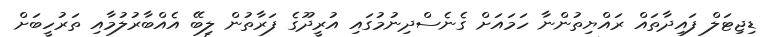
ޑިޖިޓަލް ފައިދާތައް ރައްޔިތުންނާ ހަމައަށް ގެނެސްދިނުމުގައި އުރީދޫގެ ފަރާތުން ލިބޭ އެއްބާރުލުމާއި ތަރުހީބަށް